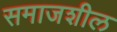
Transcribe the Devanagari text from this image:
समाजशील